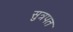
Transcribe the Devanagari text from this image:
सुत्रपत